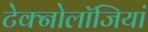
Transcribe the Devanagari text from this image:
टेक्नोलॉजियां